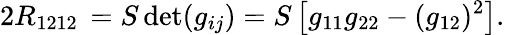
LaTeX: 2R_{1212}\, =S\operatorname*{det}(g_{ij})=S\left[g_{11}g_{22}-(g_{12})^{2}\right].